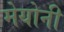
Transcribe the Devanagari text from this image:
मेयोनी